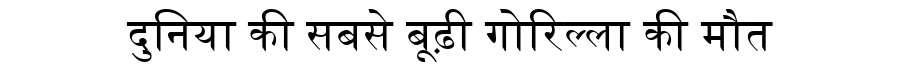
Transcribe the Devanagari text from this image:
दुनिया की सबसे बूढ़ी गोरिल्ला की मौत